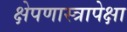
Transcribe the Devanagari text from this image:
क्षेपणास्त्रापेक्षा